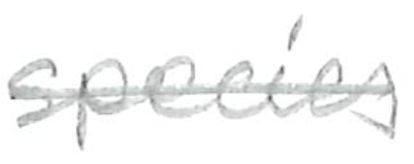
Text: species
Cross-out: single-line
Writing tool: pencil